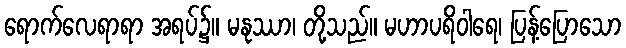
ရောက်လေရာရာ အရပ်၌။ မနုဿာ၊ တို့သည်။ မဟာပရိဝါရေ၊ ပြန့်ပြောသော